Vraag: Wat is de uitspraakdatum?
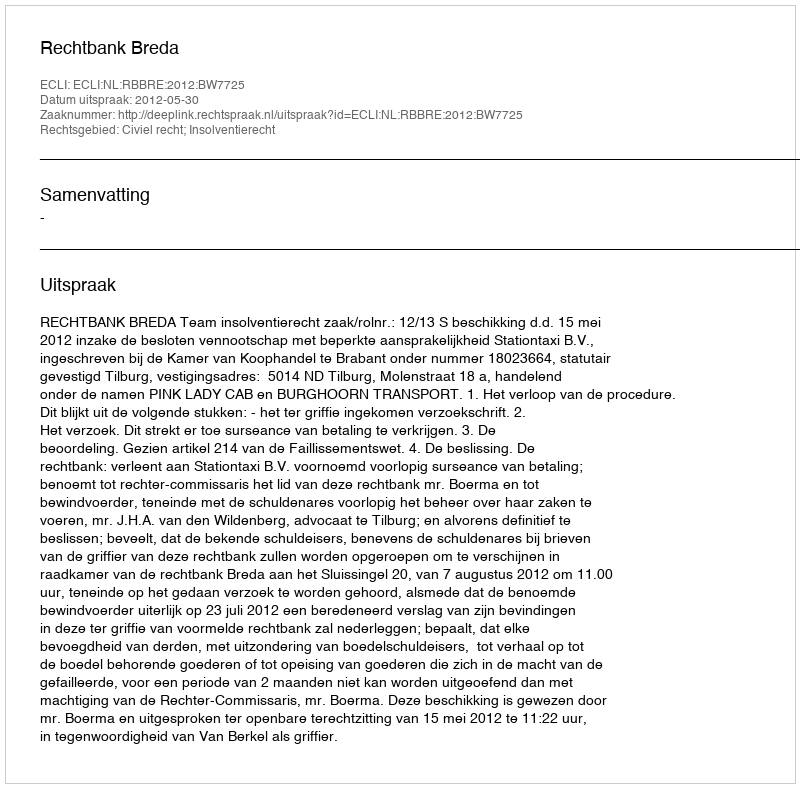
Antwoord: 2012-05-30